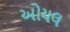
ઓયલ